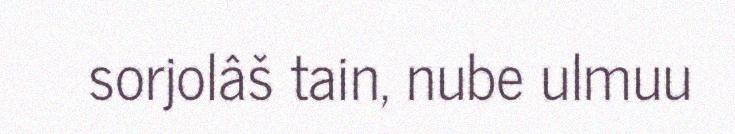
sorjolâš tain, nube ulmuu